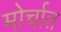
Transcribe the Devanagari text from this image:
मोर्चात